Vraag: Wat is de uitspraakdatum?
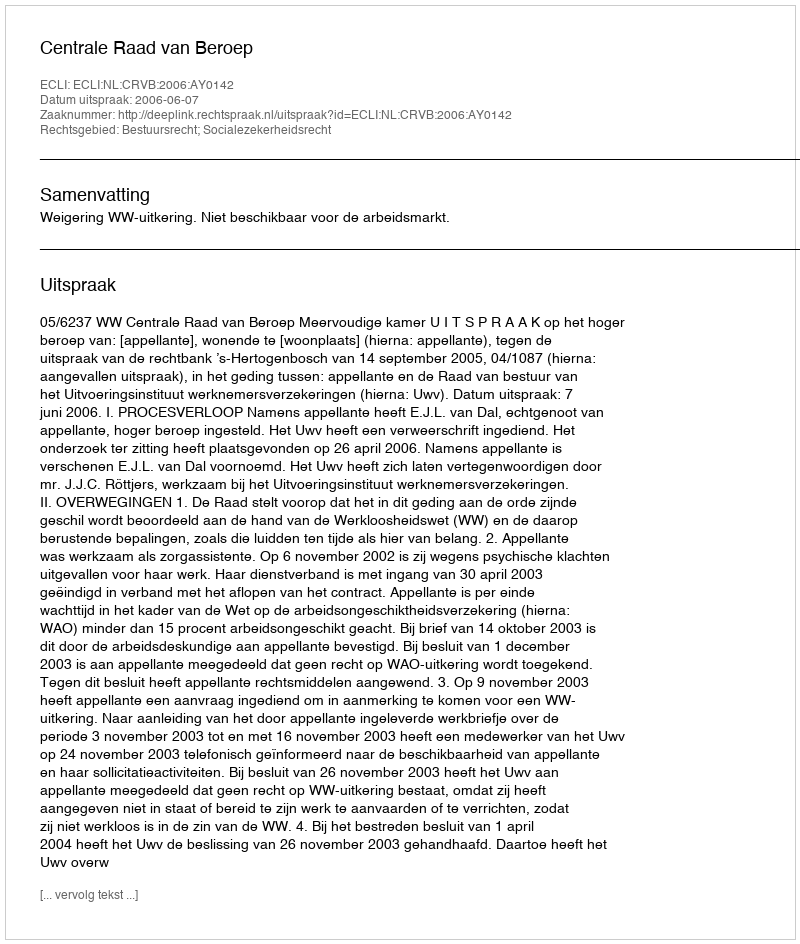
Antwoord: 2006-06-07